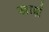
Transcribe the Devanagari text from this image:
खाल्लं